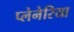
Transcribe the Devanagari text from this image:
प्लेनेरिया